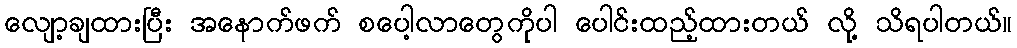
လျော့ချထားပြီး အနောက်ဖက် စပေါ့လာတွေကိုပါ ပေါင်းထည့်ထားတယ် လို့ သိရပါတယ်။